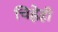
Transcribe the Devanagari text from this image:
चिह्नेही